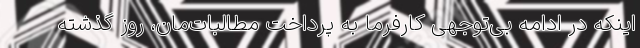
اینکه در ادامه بی‌توجهی‌ کارفرما به پرداخت مطالبات‌مان، روز گذشته